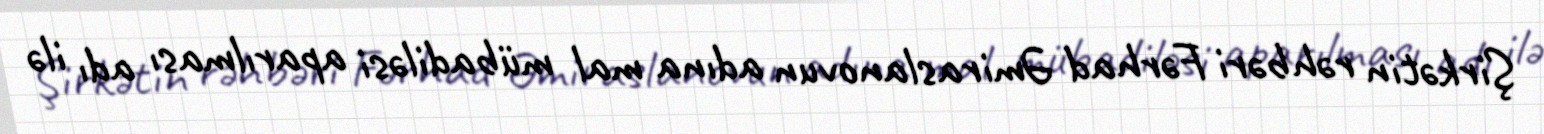
Şirkətin rəhbəri Fərhad Əmiraslanovun adına mal mübadiləsi aparılması adı ilə